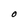
Character: O